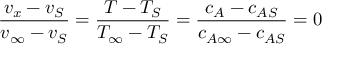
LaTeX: { \frac { v _ { x } - v _ { S } } { v _ { \infty } - v _ { S } } } = { \frac { T - T _ { S } } { T _ { \infty } - T _ { S } } } = { \frac { c _ { A } - c _ { A S } } { c _ { A \infty } - c _ { A S } } } = 0